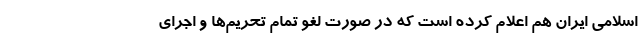
اسلامی ایران هم اعلام کرده است که در صورت لغو تمام تحریم‌ها و اجرای